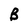
Character: B